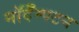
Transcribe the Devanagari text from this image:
नॉर्दॅम्पटन